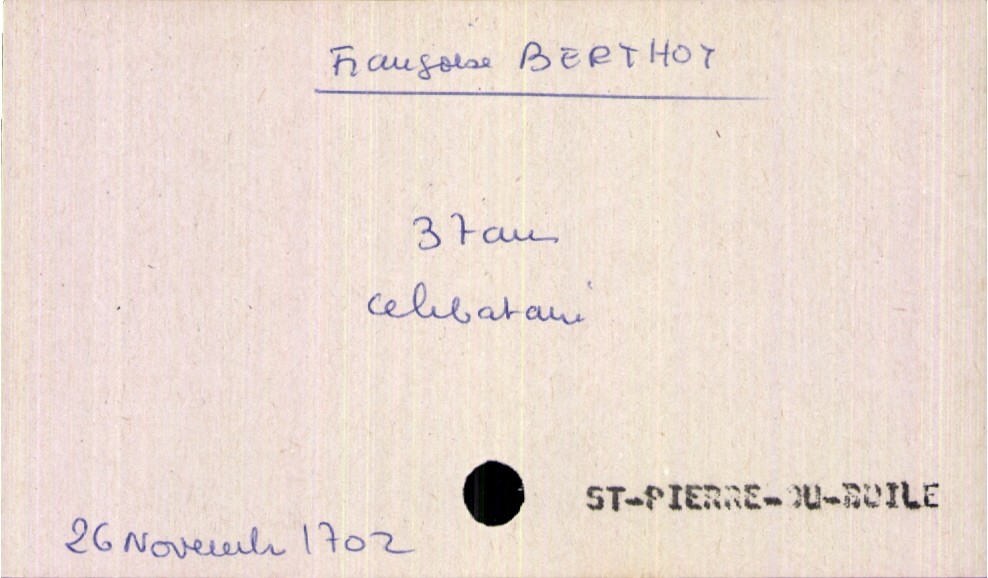
type_acte: Décès
année: 1702
mois: novembre
jour: 26
paroisse: Saint-Pierre-du-Boile
défunt_nom: Berthot
défunt_prénom: Françoise
défunt_sexe: F
défunt_âge: 37 ans
défunt_statut: célibataire